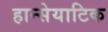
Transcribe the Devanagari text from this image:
हान्सेयाटिक